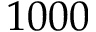
1 0 0 0